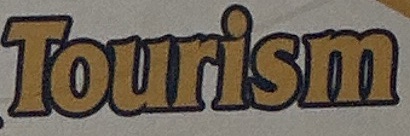
Tourism